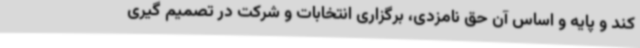
کند و پایه و اساس آن حق نامزدی، برگزاری انتخابات و شرکت در تصمیم گیری